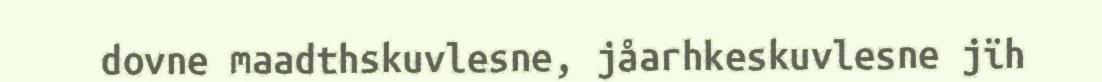
dovne maadthskuvlesne, jåarhkeskuvlesne jïh